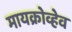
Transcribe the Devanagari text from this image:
मायक्रोव्हेव